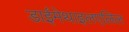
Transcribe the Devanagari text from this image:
डाईमेथाइलएलिल